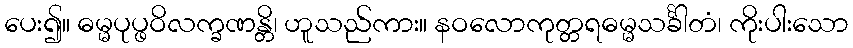
ပေး၍။ ဓမ္မပုပ္ဖဝိလက္ခဏန္တိ၊ ဟူသည်ကား။ နဝလောကုတ္တရဓမ္မသင်္ခါတံ၊ ကိုးပါးသော